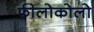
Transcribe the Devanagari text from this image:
फीलोकोलो